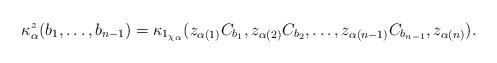
LaTeX: \begin{align*}\kappa^z_\alpha(b_1, \ldots, b_{n-1}) = \kappa_{1_{\chi_\alpha}}(z_{\alpha(1)} C_{b_1}, z_{\alpha(2)} C_{b_2}, \ldots, z_{\alpha(n-1)} C_{b_{n-1}}, z_{\alpha(n)}).\end{align*}